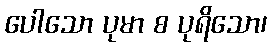
ပေါသော ပုမာ စ ပုရိသော၊